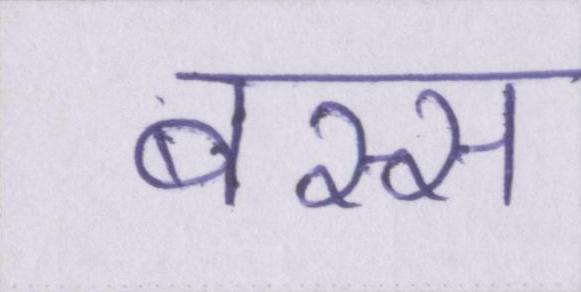
बस्स